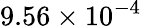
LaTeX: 9.56\times 10^{-4}